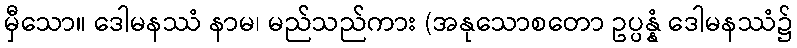
မှီသော။ ဒေါမနဿံ နာမ၊ မည်သည်ကား (အနုသောစတော ဥပ္ပန္နံ ဒေါမနဿံ၌